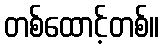
တစ်ထောင့်တစ်။